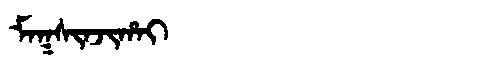
Manchu: ᠮᠠᡴᠰᡳᠨᠵᡳᡥᠠᡳ
Romanization: MAKSINJIHAI